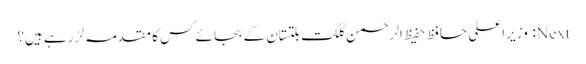
Next: وزیر اعلی حافظ حفیظ الرحمن گلگت بلتستان کے بجائے کس کا مقدمہ لڑ رہے ہیں؟